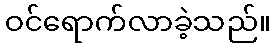
ဝင်ရောက်လာခဲ့သည်။